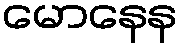
မောနေန